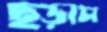
ছড়াস